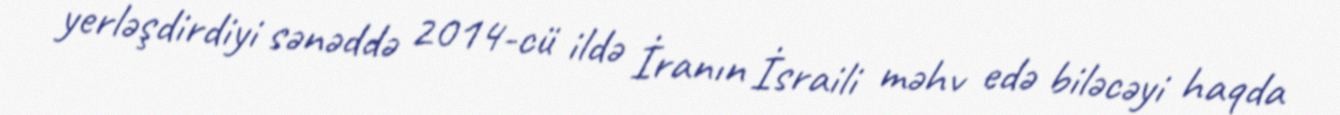
yerləşdirdiyi sənəddə 2014-cü ildə İranın İsraili məhv edə biləcəyi haqda